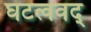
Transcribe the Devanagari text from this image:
घटत्ववद्